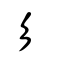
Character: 彡